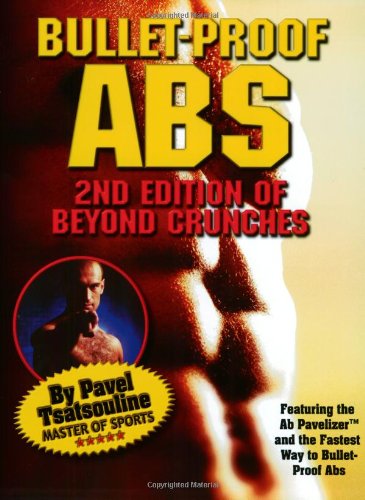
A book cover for Bullet-Proof Abs: 2nd Edition of Beyond Crunches; Pavel Tsatsouline; Health, Fitness & Dieting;